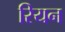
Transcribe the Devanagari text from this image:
रियन